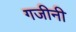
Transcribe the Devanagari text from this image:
गजीनी